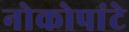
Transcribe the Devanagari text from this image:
नोकोपांटे